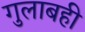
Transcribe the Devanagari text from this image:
गुलाबही